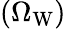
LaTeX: (\Omega_{\mathrm{W}})